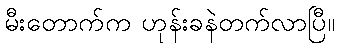
မီးတောက်က ဟုန်းခနဲတက်လာပြီ။